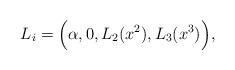
LaTeX: \begin{align*} {L}_i=\Big(\alpha,0,{L}_2(x^2),{L}_3(x^3)\Big),\end{align*}